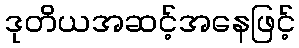
ဒုတိယအဆင့်အနေဖြင့်